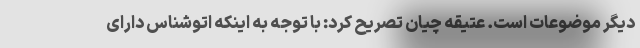
دیگر موضوعات است. عتیقه چیان تصریح کرد: با توجه به اینکه اتوشناس دارای